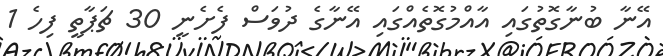
އޭނާ ބުނާގޮތުގައި އާއްމުގޮތެއްގައި އޭނާގެ ދުވަސް ފެށެނީ 30 ޗަޕާތީ ފިހެ 1